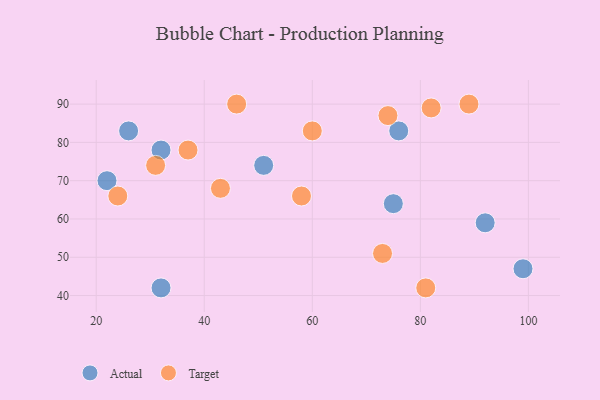
{"axis": {"x": "GDP", "y": "Life Expectancy"}, "legend": ["Actual", "Target"], "data": [{"x": "32", "y": 42, "type": "Actual"}, {"x": "26", "y": 83, "type": "Actual"}, {"x": "76", "y": 83, "type": "Actual"}, {"x": "75", "y": 64, "type": "Actual"}, {"x": "51", "y": 74, "type": "Actual"}, {"x": "92", "y": 59, "type": "Actual"}, {"x": "32", "y": 78, "type": "Actual"}, {"x": "22", "y": 70, "type": "Actual"}, {"x": "99", "y": 47, "type": "Actual"}, {"x": "82", "y": 89, "type": "Target"}, {"x": "24", "y": 66, "type": "Target"}, {"x": "46", "y": 90, "type": "Target"}, {"x": "58", "y": 66, "type": "Target"}, {"x": "43", "y": 68, "type": "Target"}, {"x": "31", "y": 74, "type": "Target"}, {"x": "81", "y": 42, "type": "Target"}, {"x": "74", "y": 87, "type": "Target"}, {"x": "73", "y": 51, "type": "Target"}, {"x": "37", "y": 78, "type": "Target"}, {"x": "89", "y": 90, "type": "Target"}, {"x": "60", "y": 83, "type": "Target"}]}